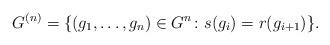
LaTeX: \begin{align*}G^{(n)} = \{(g_1, \dots, g_n) \in G^n \colon s(g_i) = r(g_{i+1}) \}.\end{align*}